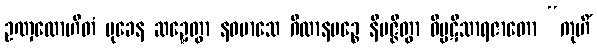
ဥဏှလောဟိတံ မုခေန ဆဍ္ဍေတွာ နဝမာသေ ဂိလာနမဉ္စေ နိပဇ္ဇိတွာ ဝိပ္ပဋိသာရဇာတော “ကုဟိံ